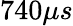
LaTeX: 740\mu s